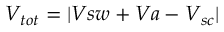
V _ { t o t } = | \boldsymbol { V } { s w } + \boldsymbol { V } { a } - \boldsymbol { V } _ { s c } |